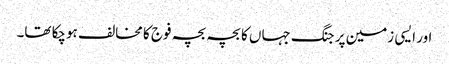
اور ایسی زمین پر جنگ جہاں کا بچہ بچہ فوج کا مخالف ہوچکا تھا۔